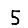
Digit: 5